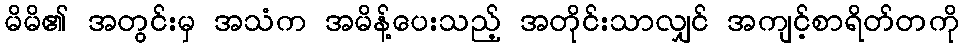
မိမိ၏ အတွင်းမှ အသံက အမိန့်ပေးသည့် အတိုင်းသာလျှင် အကျင့်စာရိတ်တကို